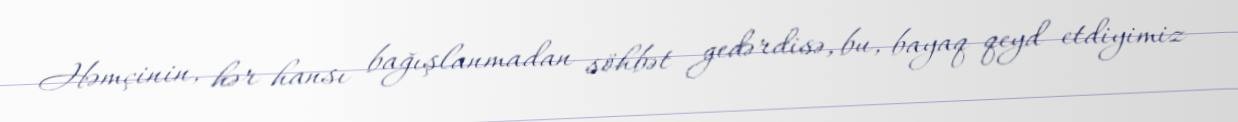
Həmçinin, hər hansı bağışlanmadan söhbət gedərdisə, bu, bayaq qeyd etdiyimiz